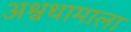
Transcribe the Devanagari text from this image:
अश्वथामाला